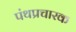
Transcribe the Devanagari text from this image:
पंथप्रचारक